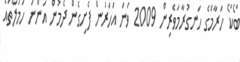
ބޯކޯ ހަރާމްގެ ހަނގުރާމަވެރިން 2009 ވަނަ އަހަރުން ފެށިިގެން ދެމުން އަންނަ ހަމަލާތައް